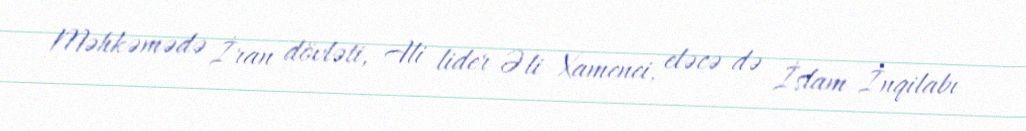
Məhkəmədə İran dövləti, Ali lider Əli Xamenei, eləcə də İslam İnqilabı